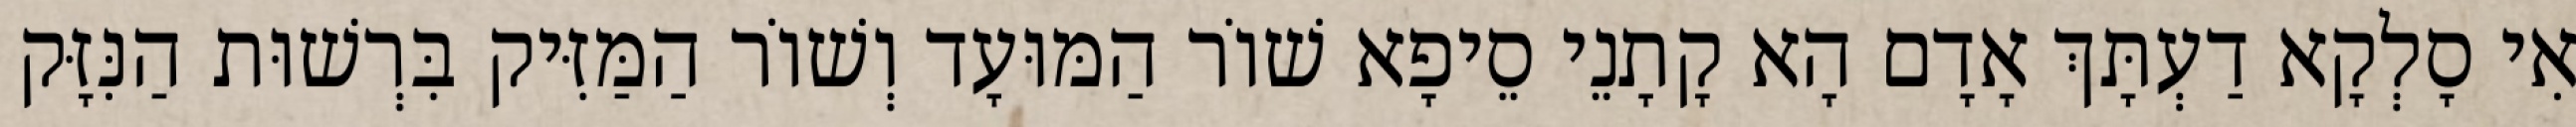
אִי סָלְקָא דַעְתָּךְ אָדָם הָא קָתָנֵי סֵיפָא שׁוֹר הַמּוּעָד וְשׁוֹר הַמַּזִּיק בִּרְשׁוּת הַנִּזָּק